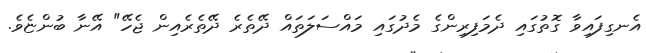
އެނގިފައިވާ ގޮތުގައި ދެމަފިރިންގެ މެދުގައި މައްސަލަތައް ދޭތެރެ ދޭތެރެއިން ޖެހޭ" އޭނާ ބުންޏެވެ.